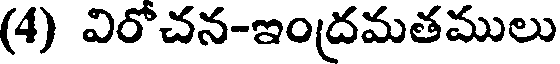
(4) విరోచన-ఇంద్రమతములు